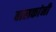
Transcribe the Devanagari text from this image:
बालकांनी